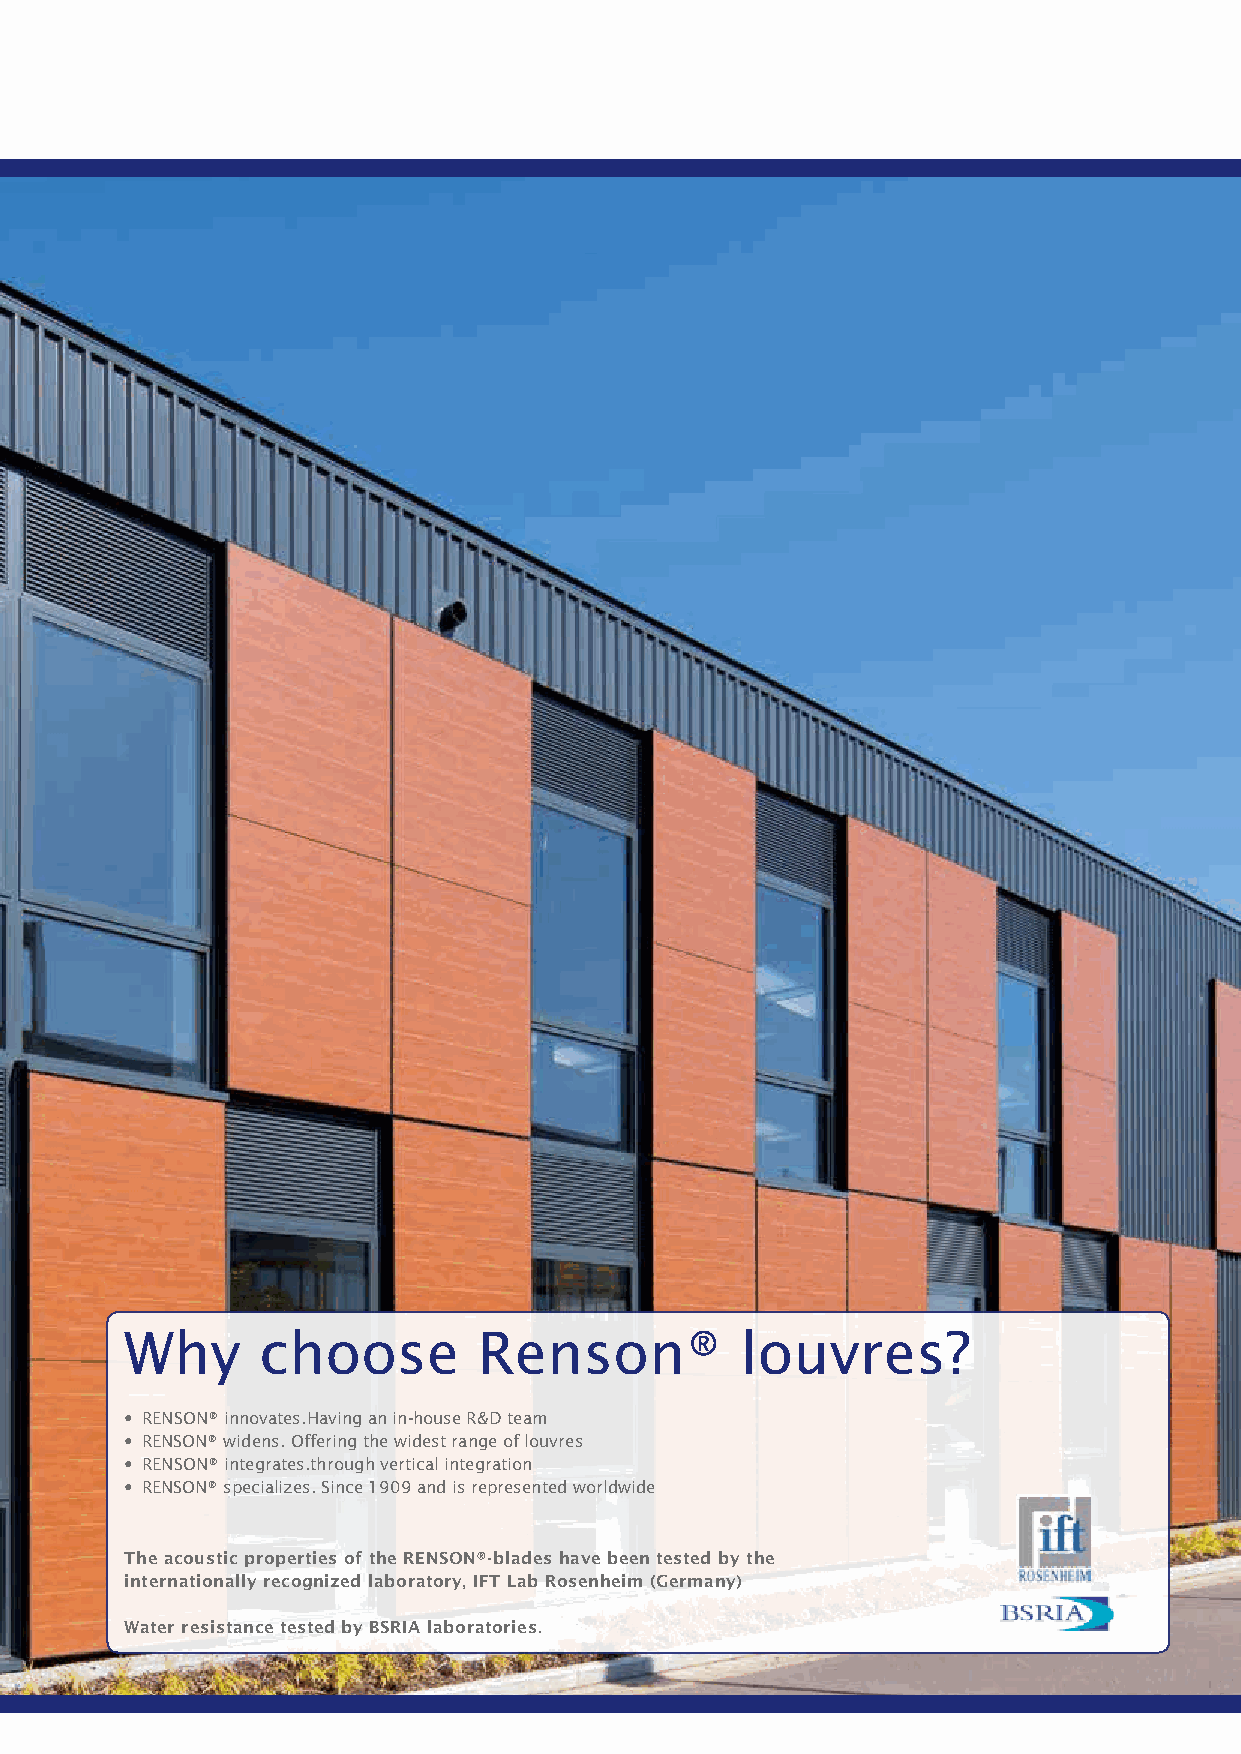
Why      choose         Renson®          louvres?
 • RENSON® innovates.Having an in-house R&D team
 • RENSON® widens. Offering the widest range of louvres
 • RENSON® integrates.through vertical integration
 • RENSON® specializes. Since 1909 and is represented worldwide
 The acoustic properties of the RENSON®-blades have been tested by the
 internationally recog nized laboratory, IFT Lab Rosenheim (Germany)
 Water resistance tested by BSRIA laboratories.